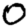
Digit: 0